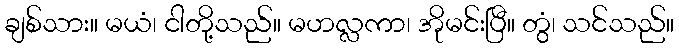
ချစ်သား။ မယံ၊ ငါတို့သည်။ မဟလ္လကာ၊ အိုမင်းပြီ။ တွံ၊ သင်သည်။